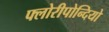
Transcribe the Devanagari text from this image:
फ्लोरीपोन्दियो